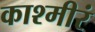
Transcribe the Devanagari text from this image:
काश्मीरं